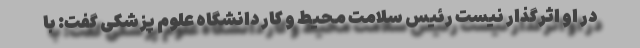
در او اثرگذار نیست رئیس سلامت محیط و کار دانشگاه علوم پزشکی گفت: با